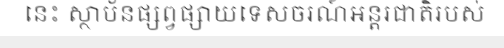
នេះ ស្ថាប័នផ្សព្វផ្សាយទេសចរណ៍អន្តរជាតិរបស់